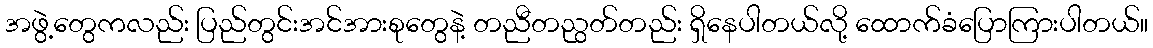
အဖွဲ့တွေကလည်း ပြည်တွင်းအင်အားစုတွေနဲ့ တညီတညွတ်တည်း ရှိနေပါတယ်လို့ ထောက်ခံပြောကြားပါတယ်။